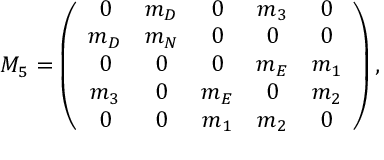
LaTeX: { \cal M } _ { 5 } = \left( \begin{array} { c c c c c } { { 0 } } & { { m _ { D } } } & { { 0 } } & { { m _ { 3 } } } & { { 0 } } \\ { { m _ { D } } } & { { m _ { N } } } & { { 0 } } & { { 0 } } & { { 0 } } \\ { { 0 } } & { { 0 } } & { { 0 } } & { { m _ { E } } } & { { m _ { 1 } } } \\ { { m _ { 3 } } } & { { 0 } } & { { m _ { E } } } & { { 0 } } & { { m _ { 2 } } } \\ { { 0 } } & { { 0 } } & { { m _ { 1 } } } & { { m _ { 2 } } } & { { 0 } } \end{array} \right) ,